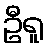
ဦရူ